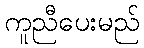
ကူညီပေးမည်